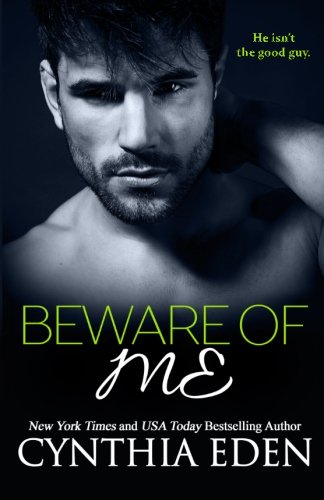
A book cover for Beware Of Me (Dark Obsession) (Volume 4); Cynthia Eden; Romance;